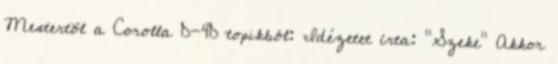
Mestertõl a Corolla D-4D topikból: Idézetet írta: "Szeke" Akkor